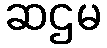
ဆဌမ